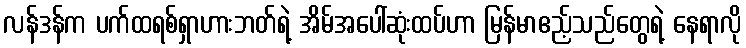
လန်ဒန်က ပက်ထရစ်ရှာဟားဘတ်ရဲ့ အိမ်အပေါ်ဆုံးထပ်ဟာ မြန်မာဧည့်သည်တွေရဲ့ နေရာလို